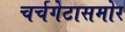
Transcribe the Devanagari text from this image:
चर्चगेटासमोर